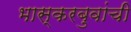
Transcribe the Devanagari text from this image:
भास्करबुवांची